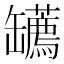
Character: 䍎